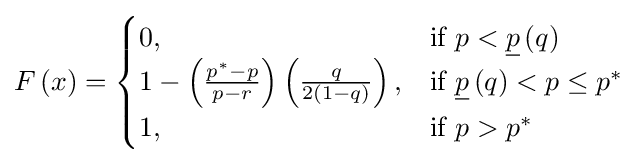
F\left(x\right)={\begin{cases}0,&{\text{if }}p<{\underline {p}}\left(q\right)\\1-\left({\frac {p^{*}-p}{p-r}}\right)\left({\frac {q}{2\left(1-q\right)}}\right),&{\text{if }}{\underline {p}}\left(q\right)<p\leq p^{*}\\1,&{\text{if }}p>p^{*}\end{cases}}